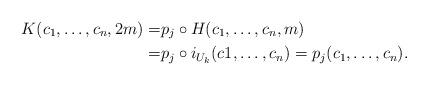
LaTeX: \begin{align*}K(c_1,\dots,c_n,2m)= &p_j \circ H (c_1,\dots,c_n,m) \\= &p_j \circ i_{U_k}(c1,\dots,c_n)=p_j(c_1,\dots,c_n).\end{align*}